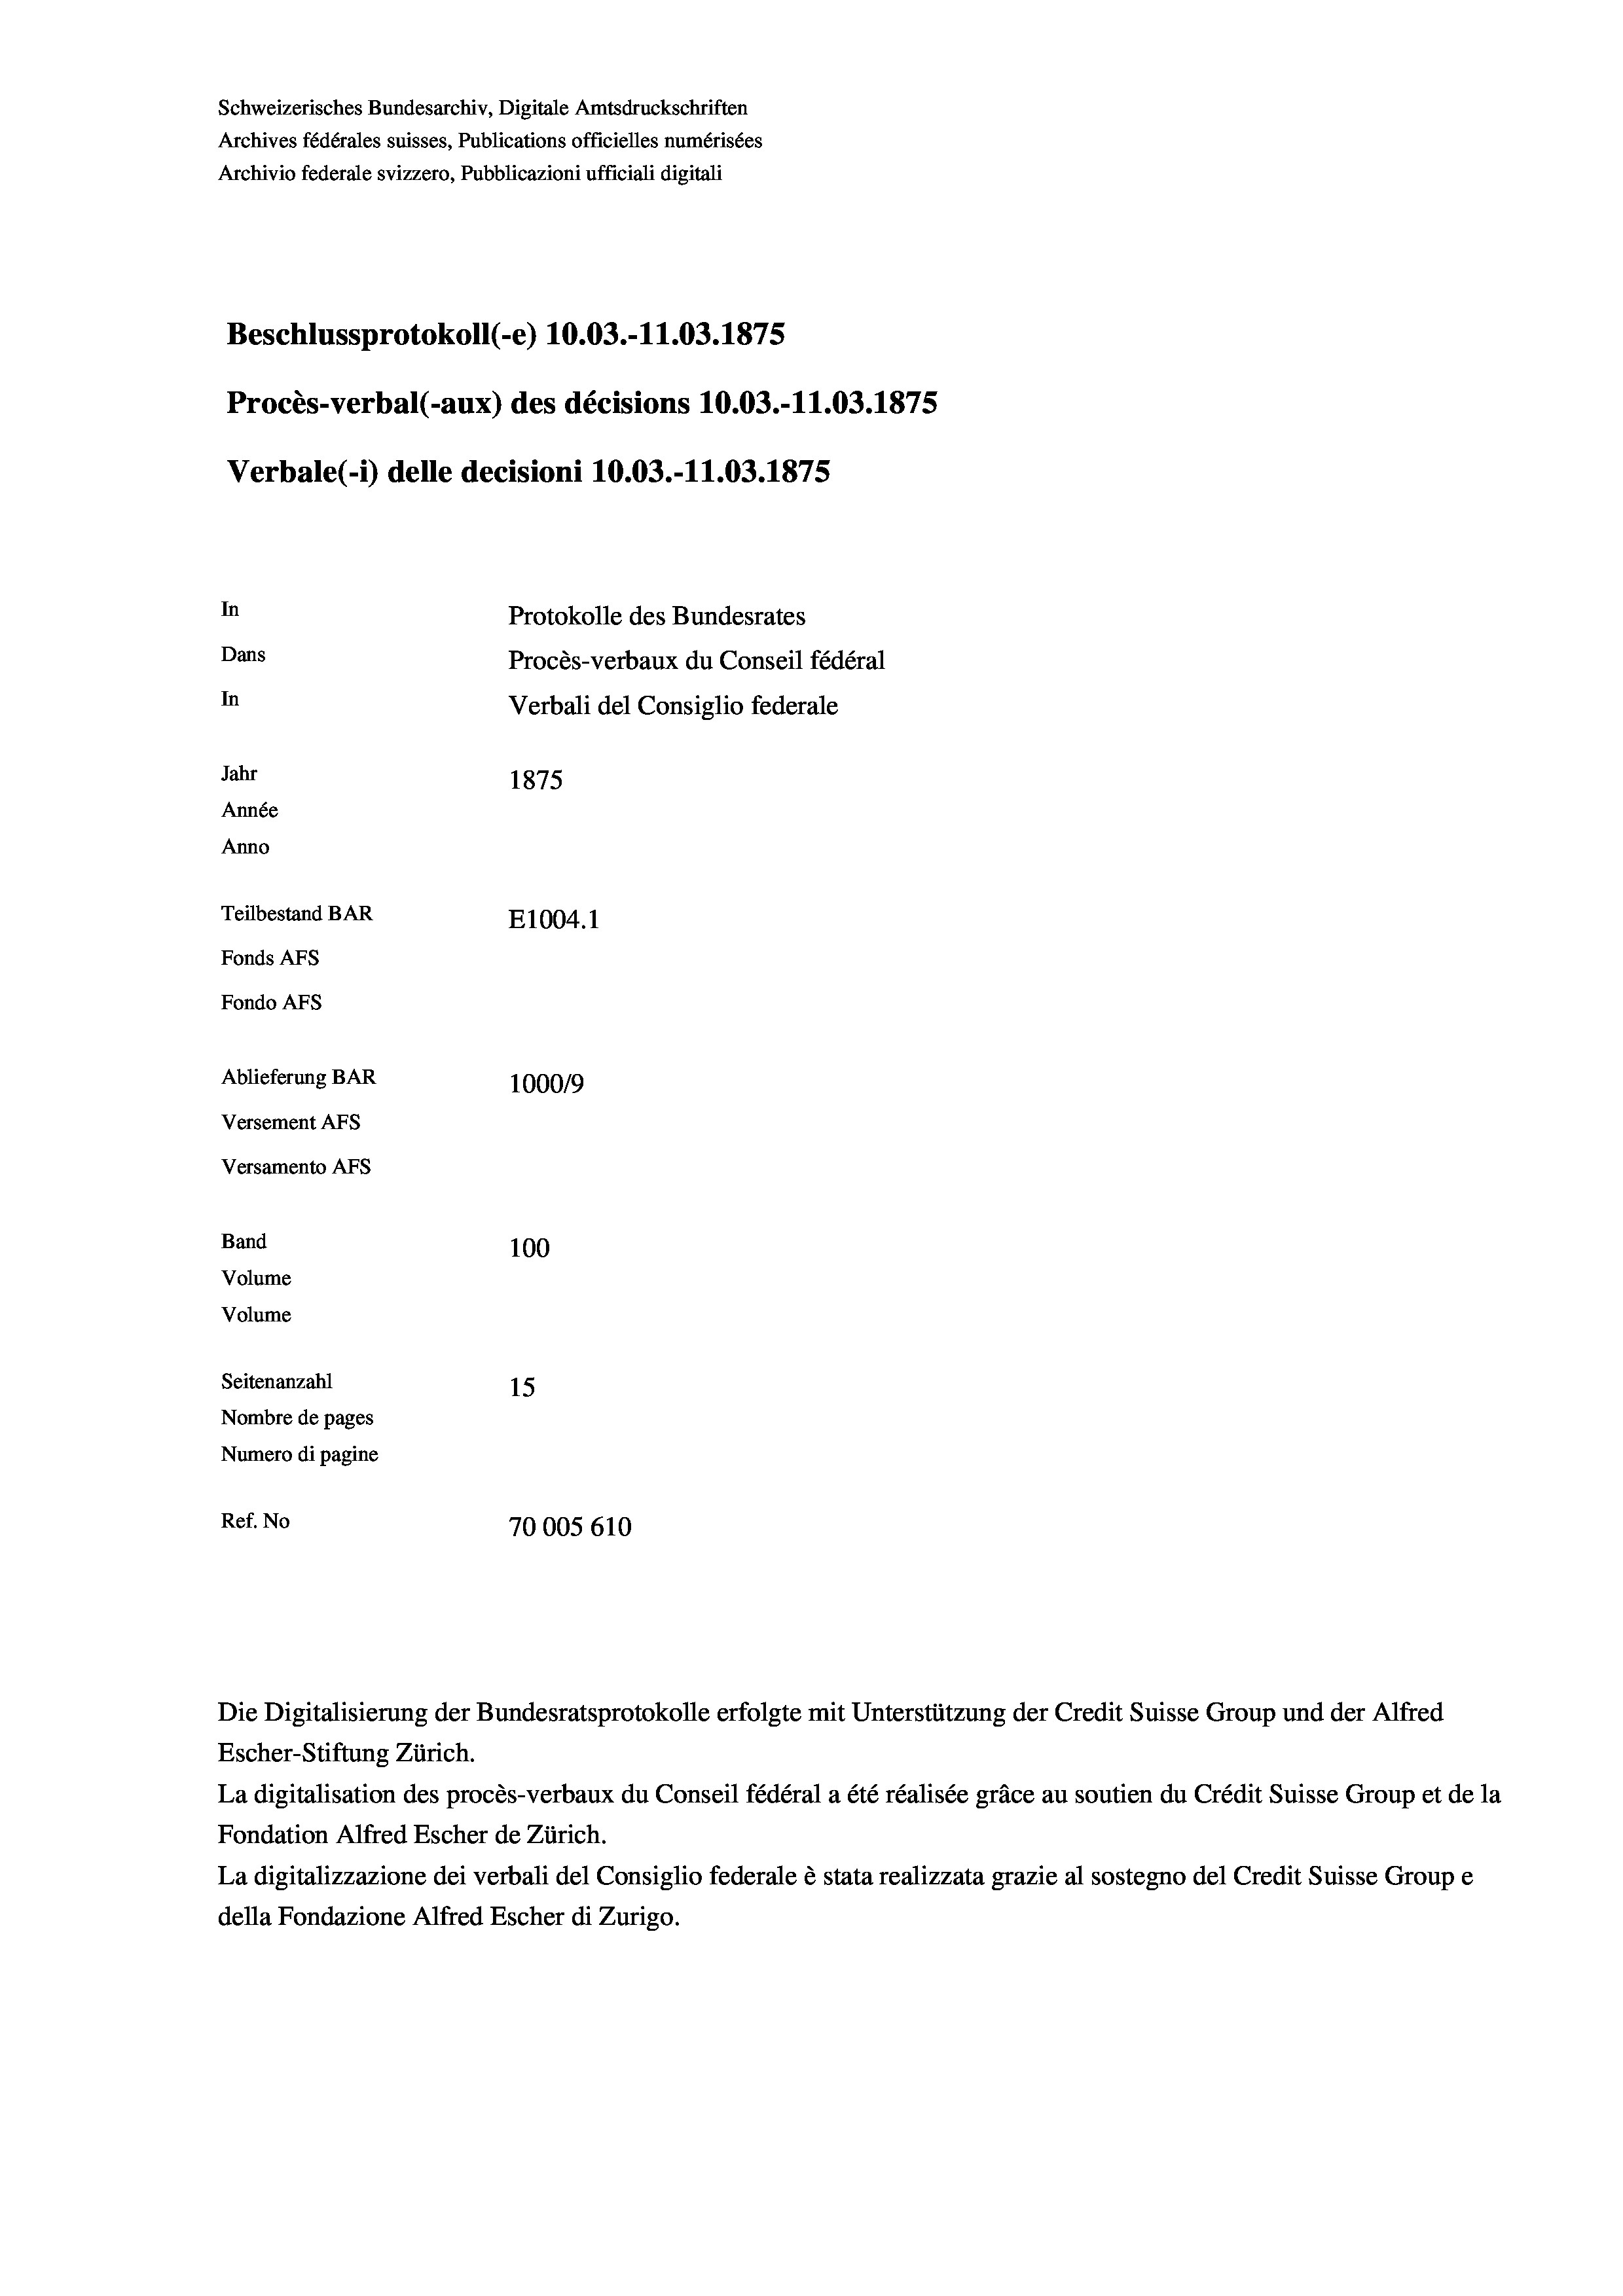
Beschlussprotokoll (-e) 10.03.-11.03. 1875
In
Protokolle des Bundesrates
Dans
In
Jahr
1875
Année
Anno
Teilbestand BAR
E1004. 1
Fonds AFs
Fondo AFS
Ablieferung BAR
10009
Versement Ans

Procès-verbal (-aux) des décisions 10.03.-11.03. 1875
Verbale (- 1) delle decisioni 10.03.-11.03. 1875

Versamento AFs
Band
Volume
Volume
Seitenanzahl

Archivio federale svizzero, Pubblicazioni ufficiali digitali

Schweizerisches Bundesarchiv, Digitale Amtsdruckschriften
Archives fédérales suisses, Publications officielles numérisées

100
15
Nombre de pages
Numero di pagine
Ref. No
70005 610

Procès-verbaux du Conseil fédéral
Verbali del Consiglio federale

Die Digitalisierung der Bundesratsprotokolle erfolgte mit Unterstützung der Credit Suisse Group und der Alfred
Escher-Stiftung Zürich.
La digitalisation des procès-verbaux du Conseil fédéral a été réalisée gräce au soutien du Crédit Suisse Group et de la
Fondation Alfred Escher de Zürich.
La digitalizzazione dei verbali del Consiglio federale è stata realizzata grazie al sostegno del Credit Suisse Groupe
della Fondazione Alfred Escher di Zurigo.